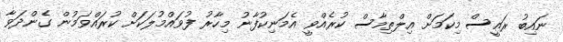
ނައިބު ރައީސް މިކަމަށް އިލްތިމާސް ކުރެއްވީ އެމަނިކުފާނު މިހާރު ފުވައްމުލަކަށް ކުރައްވަމުން ގެންދަވާ